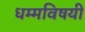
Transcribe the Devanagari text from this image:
धम्मविषयी